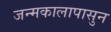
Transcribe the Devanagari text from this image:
जन्मकालापासुन